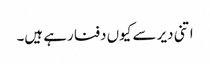
اتنی دیر سے کیوں دفنا رہے ہیں۔